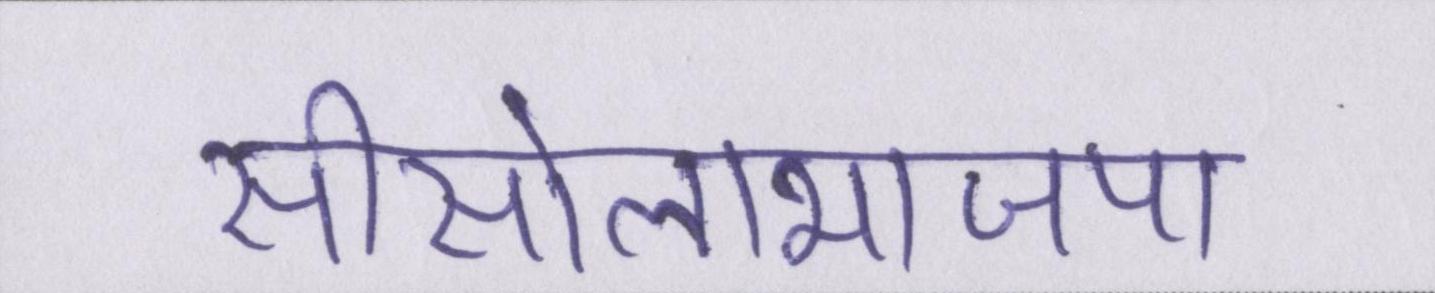
सीसोलाभाजपा